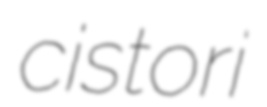
cistori